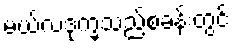
မယ်လဒုက္ခသည်စခန်းတွင်